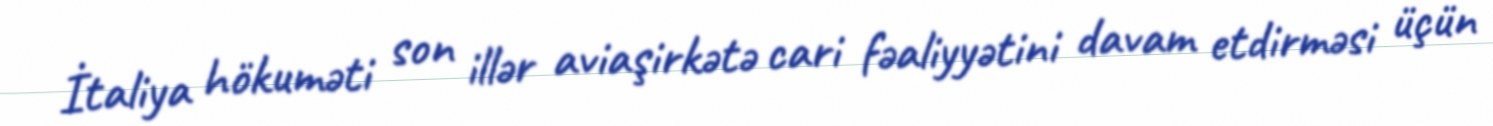
İtaliya hökuməti son illər aviaşirkətə cari fəaliyyətini davam etdirməsi üçün